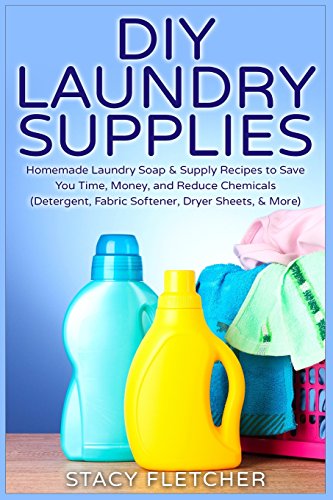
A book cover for DIY Laundry Supplies: Homemade Laundry Soap & Supply Recipes to Save You Time, Money, and Reduce Chemicals (Detergent, Fabric Softener, Dryer Sheets, & More); Stacy Fletcher; Crafts, Hobbies & Home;